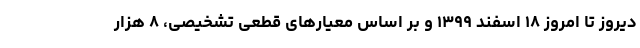
دیروز تا امروز ۱۸ اسفند ۱۳۹۹ و بر اساس معیارهای قطعی تشخیصی، ۸ هزار